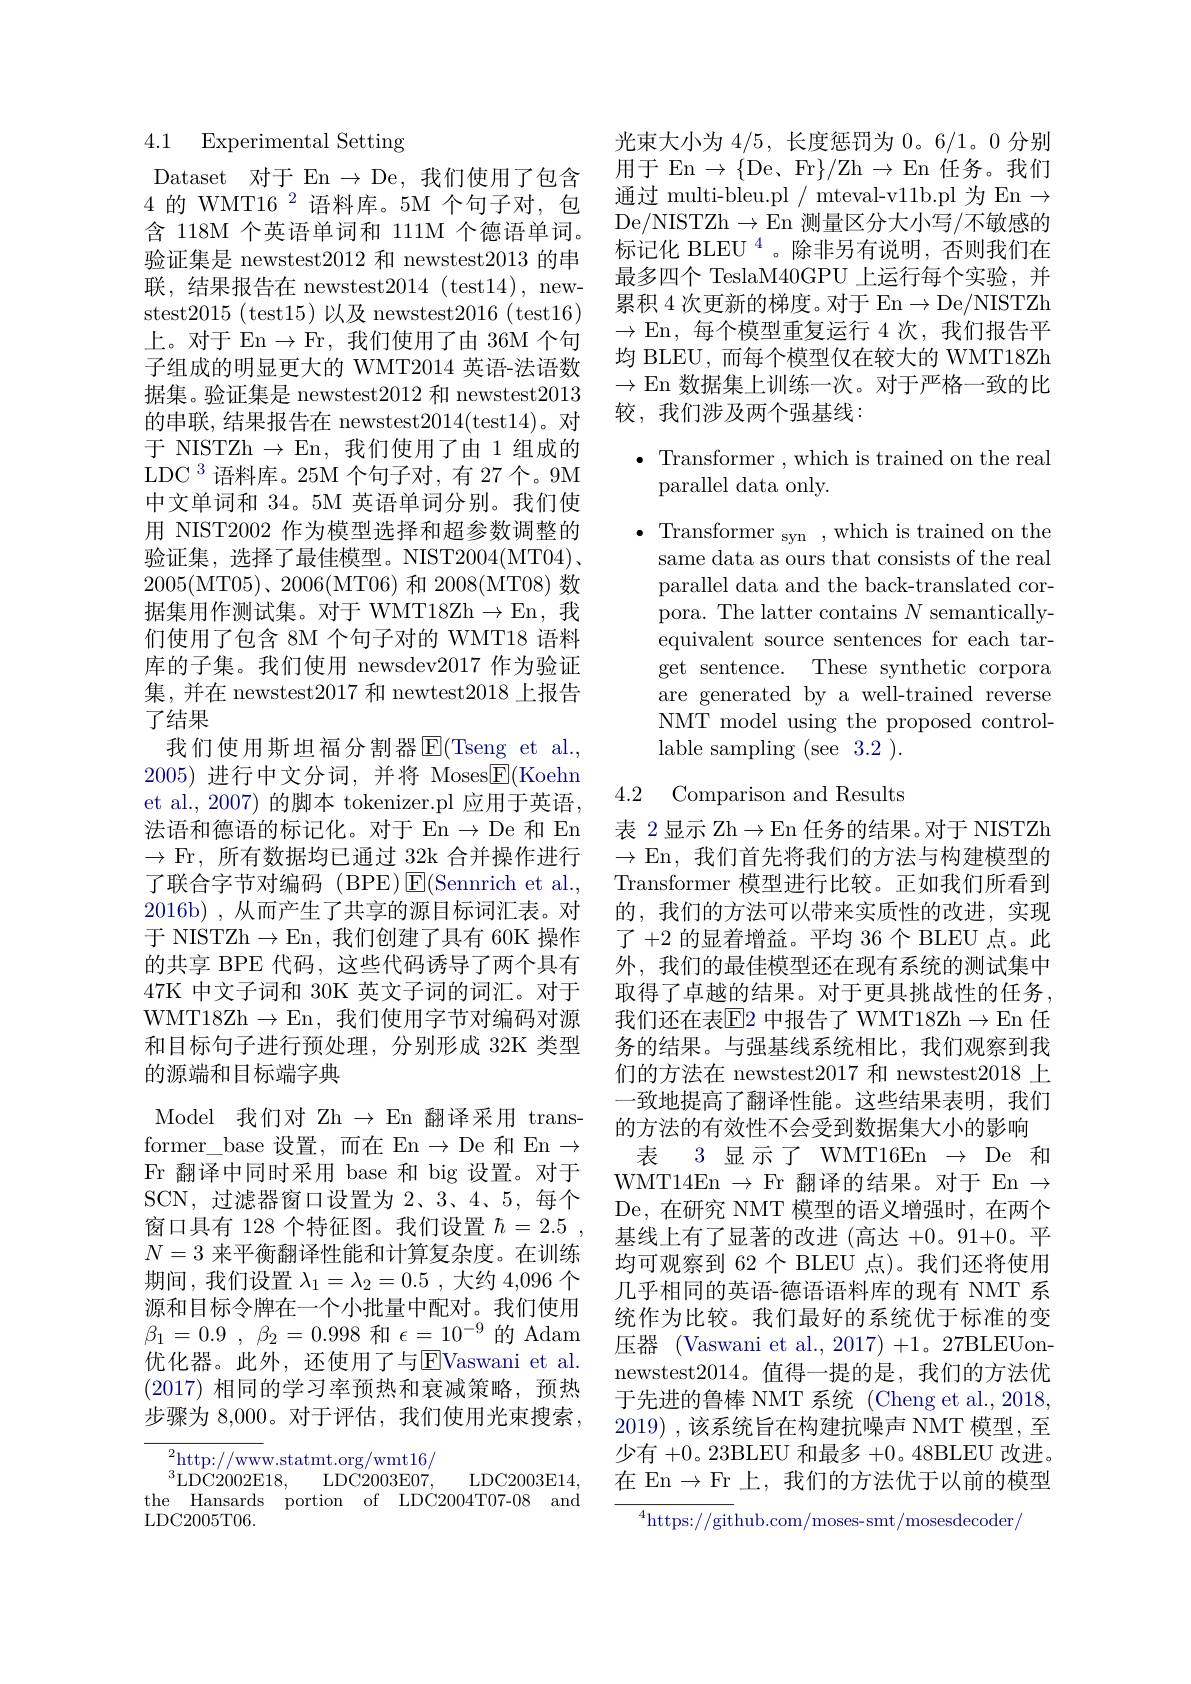
# 4.1 Experimental Setting

Dataset 对于 En$\to$ De,我们使用了包含4 的 WMT16 2 语料库。5M 个句子对，包含 118M 个英语单词和 111M 个德语单词。验证集是 newstest2012和 newstest2013的串联，结果报告在 newstest2014 ( test14) , new- stest2015 (test15)以及 newstest2016 (test16) 上。对于 En$\to$Fr,我们使用了由 36M 个句子组成的明显更大的 WMT2014 英语-法语数据集。验证集是 newstest2012 和 newstest2013的串联，结果报告在 newstest2014(test14)。对于 NISTZh $\to$En,我们使用了由 1 组成的$\mathrm{LDC}^{3}$语料库。25M 个句子对，有 27 个。9M 中文单词和 34。5M 英语单词分别。我们使用 NIST2002 作为模型选择和超参数调整的验证集，选择了最佳模型。NIST2004(MT04)、 2005(MT$05)、2006($MT06)和 2008(MT08)数据集用作测试集。对于 WMT18Zh$\to$En,我们使用了包含 8M 个句子对的 WMT18 语料库的子集。我们使用 newsdev2017作为验证集，并在 newstest2017 和 newtest2018 上报告了结果
我们使用斯坦福分割器$\operatorname{E}($Tseng et al., 2005)进行中文分词，并将 Moses$\boxed{\mathrm{E}}($Koehn et al., 2007) 的脚本 tokenizer.pl 应用于英语， 法语和德语的标记化。对于 En $\to$De 和 En $\to$Fr,所有数据均已通过 32k 合并操作进行了联合字节对编码 (BPE)$\operatorname{E}($Sennrich et al. 2016b) , 从而产生了共享的源目标词汇表。对于 NISTZh$\to$En,我们创建了具有 60K 操作的共享 BPE 代码，这些代码诱导了两个具有47K 中文子词和 30K 英文子词的词汇。对于WMT18Zh$\to$En,我们使用字节对编码对源和目标句子进行预处理，分别形成 32K 类型的源端和目标端字典
Model 我们对 Zh $\to$ En 翻译采用 transformer\_base 设置，而在 En$\to$De 和 En$\to$ Fr 翻译中同时采用 base 和 big 设置。对于SCN,过滤器窗口设置为 2、3、4、5, 每个窗口具有 128 个特征图。我们设置$\hbar = 2. 5$ , $N=3$来平衡翻译性能和计算复杂度。在训练期间，我们设置$\lambda_1=\lambda_2=0.5$ ,大约 4,096 个源和目标令牌在一个小批量中配对。我们使用$\beta _{1}= 0. 9$ , $\beta _{2}= 0. 998$和$\epsilon=10^-9$的 Adam 优化器。此外，还使用了与E$Vaswani et al.$ (2017)相同的学习率预热和衰减策略，预热步骤为 8,000。对于评估，我们使用光束搜索，

${}_{a}^{2}$http://www.statmt.org/wmt16/
$^{3}$LDC2002E18,
LDC2003E07,
LDC2003E14,
the Hansards portion of LDC2004T07-08 and
LDC2005T06

光束大小为4/5,长度惩罚为0。6/1。0 分别用于 En $\to\{$De, Fr$\}/$Zh$\to$En 任务。我们通过 multi-bleu.pl / mteval-v11b.pl 为 En $\to$ De/NISTZh$\to$En 测量区分大小写/不敏感的标记化 BLEU $^{4}$。除非另有说明，否则我们在最多四个 TeslaM40GPU 上运行每个实验，并累积 4 次更新的梯度。对于 En$\to$De/NISTZh $\to$En,每个模型重复运行 4 次，我们报告平均 BLEU, 而每个模型仅在较大的 WMT18Zh $\to$En 数据集上训练一次。对于严格一致的比较，我们涉及两个强基线：

$\bullet$ Transformer ,which is trained on the real
parallel data only.

$\bullet$ Transformer syn ,which is trained on the
same data as ours that consists of the real parallel data and the back-translated corpora. The latter contains $N$ semanticallyequivalent source sentences for each target sentence. These synthetic corpora are generated by a well-trained reverse NMT model using the proposed controllable sampling (see 3.2 ).

4.2 Comparison and Results

表 2 显示 Zh$\to\operatorname{En}$任务的结果。对于 NISTZh $\to$En,我们首先将我们的方法与构建模型的Transformer 模型进行比较。正如我们所看到的，我们的方法可以带来实质性的改进，实现了 +2 的显着增益。平均 36 个 BLEU 点。此外，我们的最佳模型还在现有系统的测试集中取得了卓越的结果。对于更具挑战性的任务， 我们还在表$\overline{\mathrm{E}}$2 中报告了 WMT18Zh$\to$En 任务的结果。与强基线系统相比，我们观察到我们的方法在 newstest2017 和 newstest2018 上一致地提高了翻译性能。这些结果表明，我们的方法的有效性不会受到数据集大小的影响
表 3 显示了 WMT16En $\to$ De 和WMT14En $\to$ Fr 翻译的结果。对于 En $\to$ De,在研究 NMT 模型的语义增强时，在两个基线上有了显著的改进(高达 +0。91+0。平均可观察到 62 个 BLEU 点)。我们还将使用几乎相同的英语-德语语料库的现有 NMT 系统作为比较。我们最好的系统优于标准的变压器 (Vaswani et al., 2017) +1。27BLEUonnewstest2014。值得一提的是，我们的方法优于先进的鲁棒 NMT 系统 (Cheng et al., 2018, 2019) ,该系统旨在构建抗噪声 NMT 模型，至少有+0。23BLEU 和最多+0。48BLEU 改进。在 En$\to$Fr上，我们的方法优于以前的模型
$^{4}$https://github.com/moses-smt/mosesdecoder$_{/}$